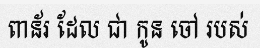
ពាន័រ ដែល ជា កូន ចៅ របស់